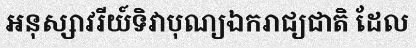
អនុស្សាវរីយ៍ទិវាបុណ្យឯករាជ្យជាតិ ដែល